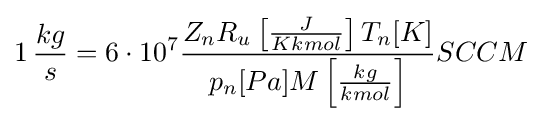
1\,{\frac {kg}{s}}=6\cdot 10^{7}{\frac {Z_{n}R_{u}\left[{\frac {J}{Kkmol}}\right]T_{n}[K]}{p_{n}[Pa]M\left[{\frac {kg}{kmol}}\right]}}SCCM